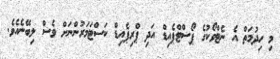
މި ހިދުމަތް އެ ނެޓްވޯކުގެ ޕޯސްޓްޕެއިޑް އަދި ޕްރިޕެއިޑް ކަސްޓަމަރުންނަށް ވެސް ލިބޭނެއެވެ.